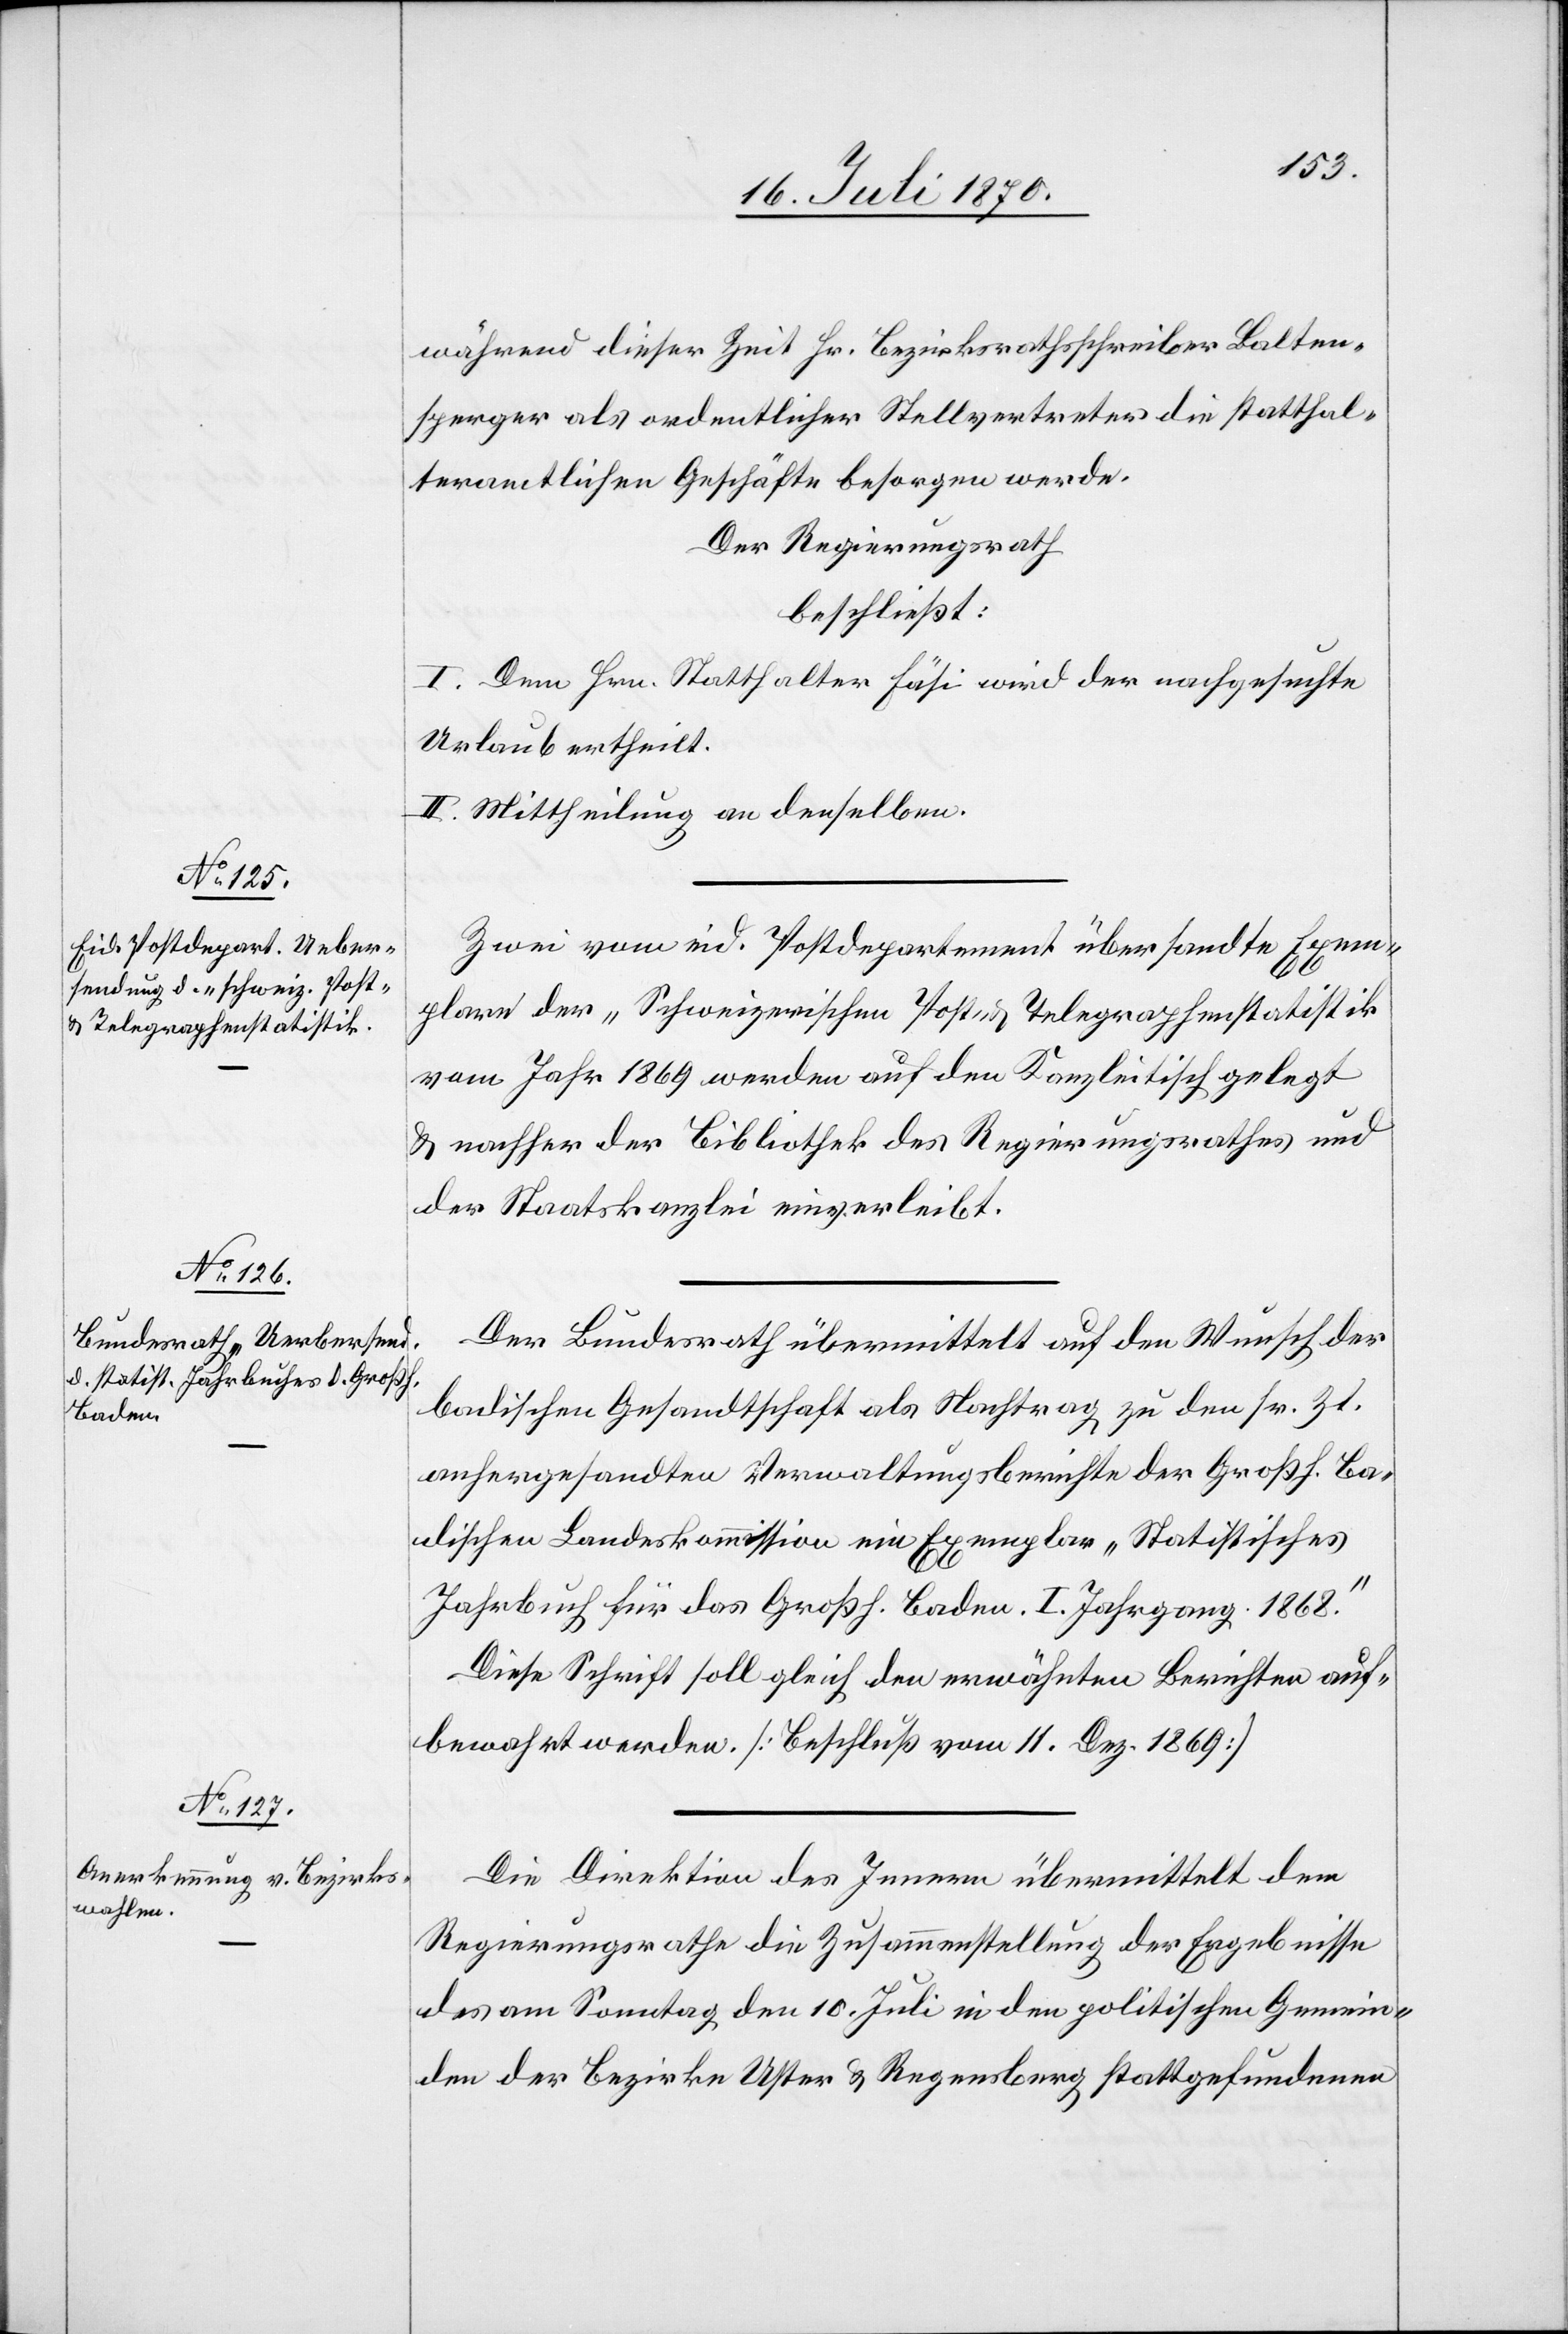
während dieser Zeit Hr. Bezirksrathsschreiber Balten¬
sperger als ordentlicher Stellvertreter die statthal¬
teramtlichen Geschäfte besorgen werde.
Der Regierungsrath
beschließt:
I. Dem Hrn. Statthalter Fäsi wird der nachgesuchte
Urlaub ertheilt.
II. Mittheilung an denselben.
Zwei vom eid. Postdepartement übersandte Exem¬
plare der „Schweizerischen Post- & Telegraphenstatistik[“]
vom Jahr 1869 werden auf den Kanzleitisch gelegt
& nachher der Bibliothek des Regierungsrathes und
der Staatskanzlei einverleibt.
Der Bundesrath übermittelt auf den Wunsch der
badischen Gesandtschaft als Nachtrag zu den sr. Zt.
anhergesandten Verwaltungsberichte der Großh. Ba¬
dischen Landeskommission ein Exemplar „Statistisches
Jahrbuch für das Großh. Baden. I. Jahrgang 1868.“
Diese Schrift soll gleich den erwähnten Berichten auf¬
bewahrt werden. [Beschluß vom 11. Dez. 1869]
Die Direktion des Innern übermittelt dem
Regierungsrathe die Zusammenstellung der Ergebnisse
des am Sonntag den 10. Juli in den politischen Gemein¬
den der Bezirke Uster & Regensberg stattgefundenen